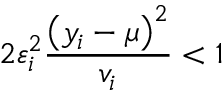
2 \varepsilon _ { i } ^ { 2 } \frac { \left( y _ { i } - \mu \right) ^ { 2 } } { v _ { i } } < 1